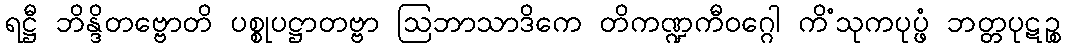
ရဋ္ဌီ ဘိန္ဒိတဗ္ဗောတိ ပစ္စုပဋ္ဌာတဗ္ဗာ ဩဘာသာဒိကေ တိကဏ္ဍကီဝဂ္ဂေါ ကိံသုကပုပ္ဖံ ဘတ္တပုဋဉ္စ